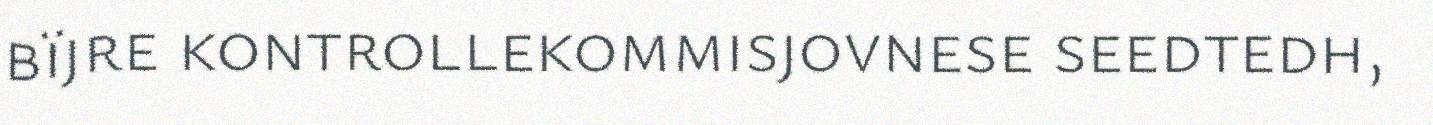
bïjre kontrollekommisjovnese seedtedh,